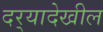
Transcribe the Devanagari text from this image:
दर्‍यादेखील